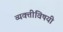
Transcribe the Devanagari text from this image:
व्यक्तीविषयी